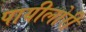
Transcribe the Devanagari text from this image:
पायीलोरी